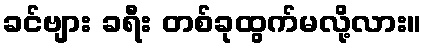
ခင်ဗျား ခရီး တစ်ခုထွက်မလို့လား။